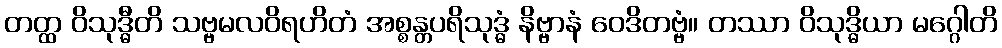
တတ္ထ ဝိသုဒ္ဓီတိ သဗ္ဗမလဝိရဟိတံ အစ္စန္တပရိသုဒ္ဓံ နိဗ္ဗာနံ ဝေဒိတဗ္ဗံ။ တဿာ ဝိသုဒ္ဓိယာ မဂ္ဂေါတိ